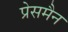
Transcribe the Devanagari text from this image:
प्रेसमैन